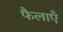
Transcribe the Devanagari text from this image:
फैलाएँ